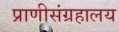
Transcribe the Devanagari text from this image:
प्राणीसंग्रहालय